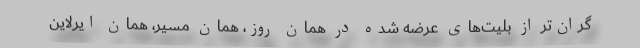
گران‌تر از بلیت‌های عرضه شده در همان روز، همان مسیر، همان ایرلاین